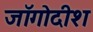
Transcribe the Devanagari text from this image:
जॉगोदीश